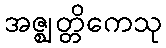
အဇ္ဈတ္တိကေသု